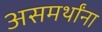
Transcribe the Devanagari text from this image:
असमर्थांना